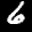
Label: 6